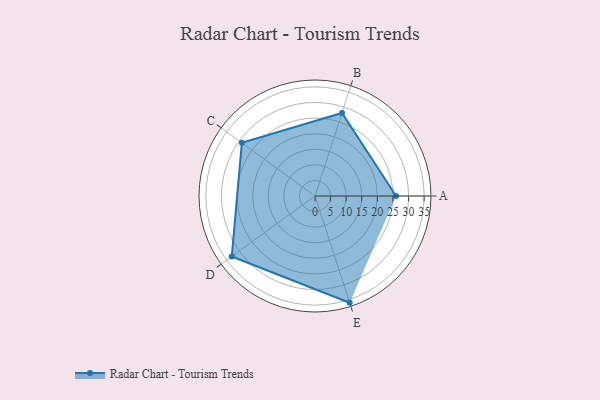
{"axis": {"x": "Skill", "y": "Score"}, "legend": ["Profile"], "data": [{"x": "A", "y": 26.0, "type": "Profile"}, {"x": "B", "y": 28.0, "type": "Profile"}, {"x": "C", "y": 29.0, "type": "Profile"}, {"x": "D", "y": 33.0, "type": "Profile"}, {"x": "E", "y": 36.0, "type": "Profile"}]}